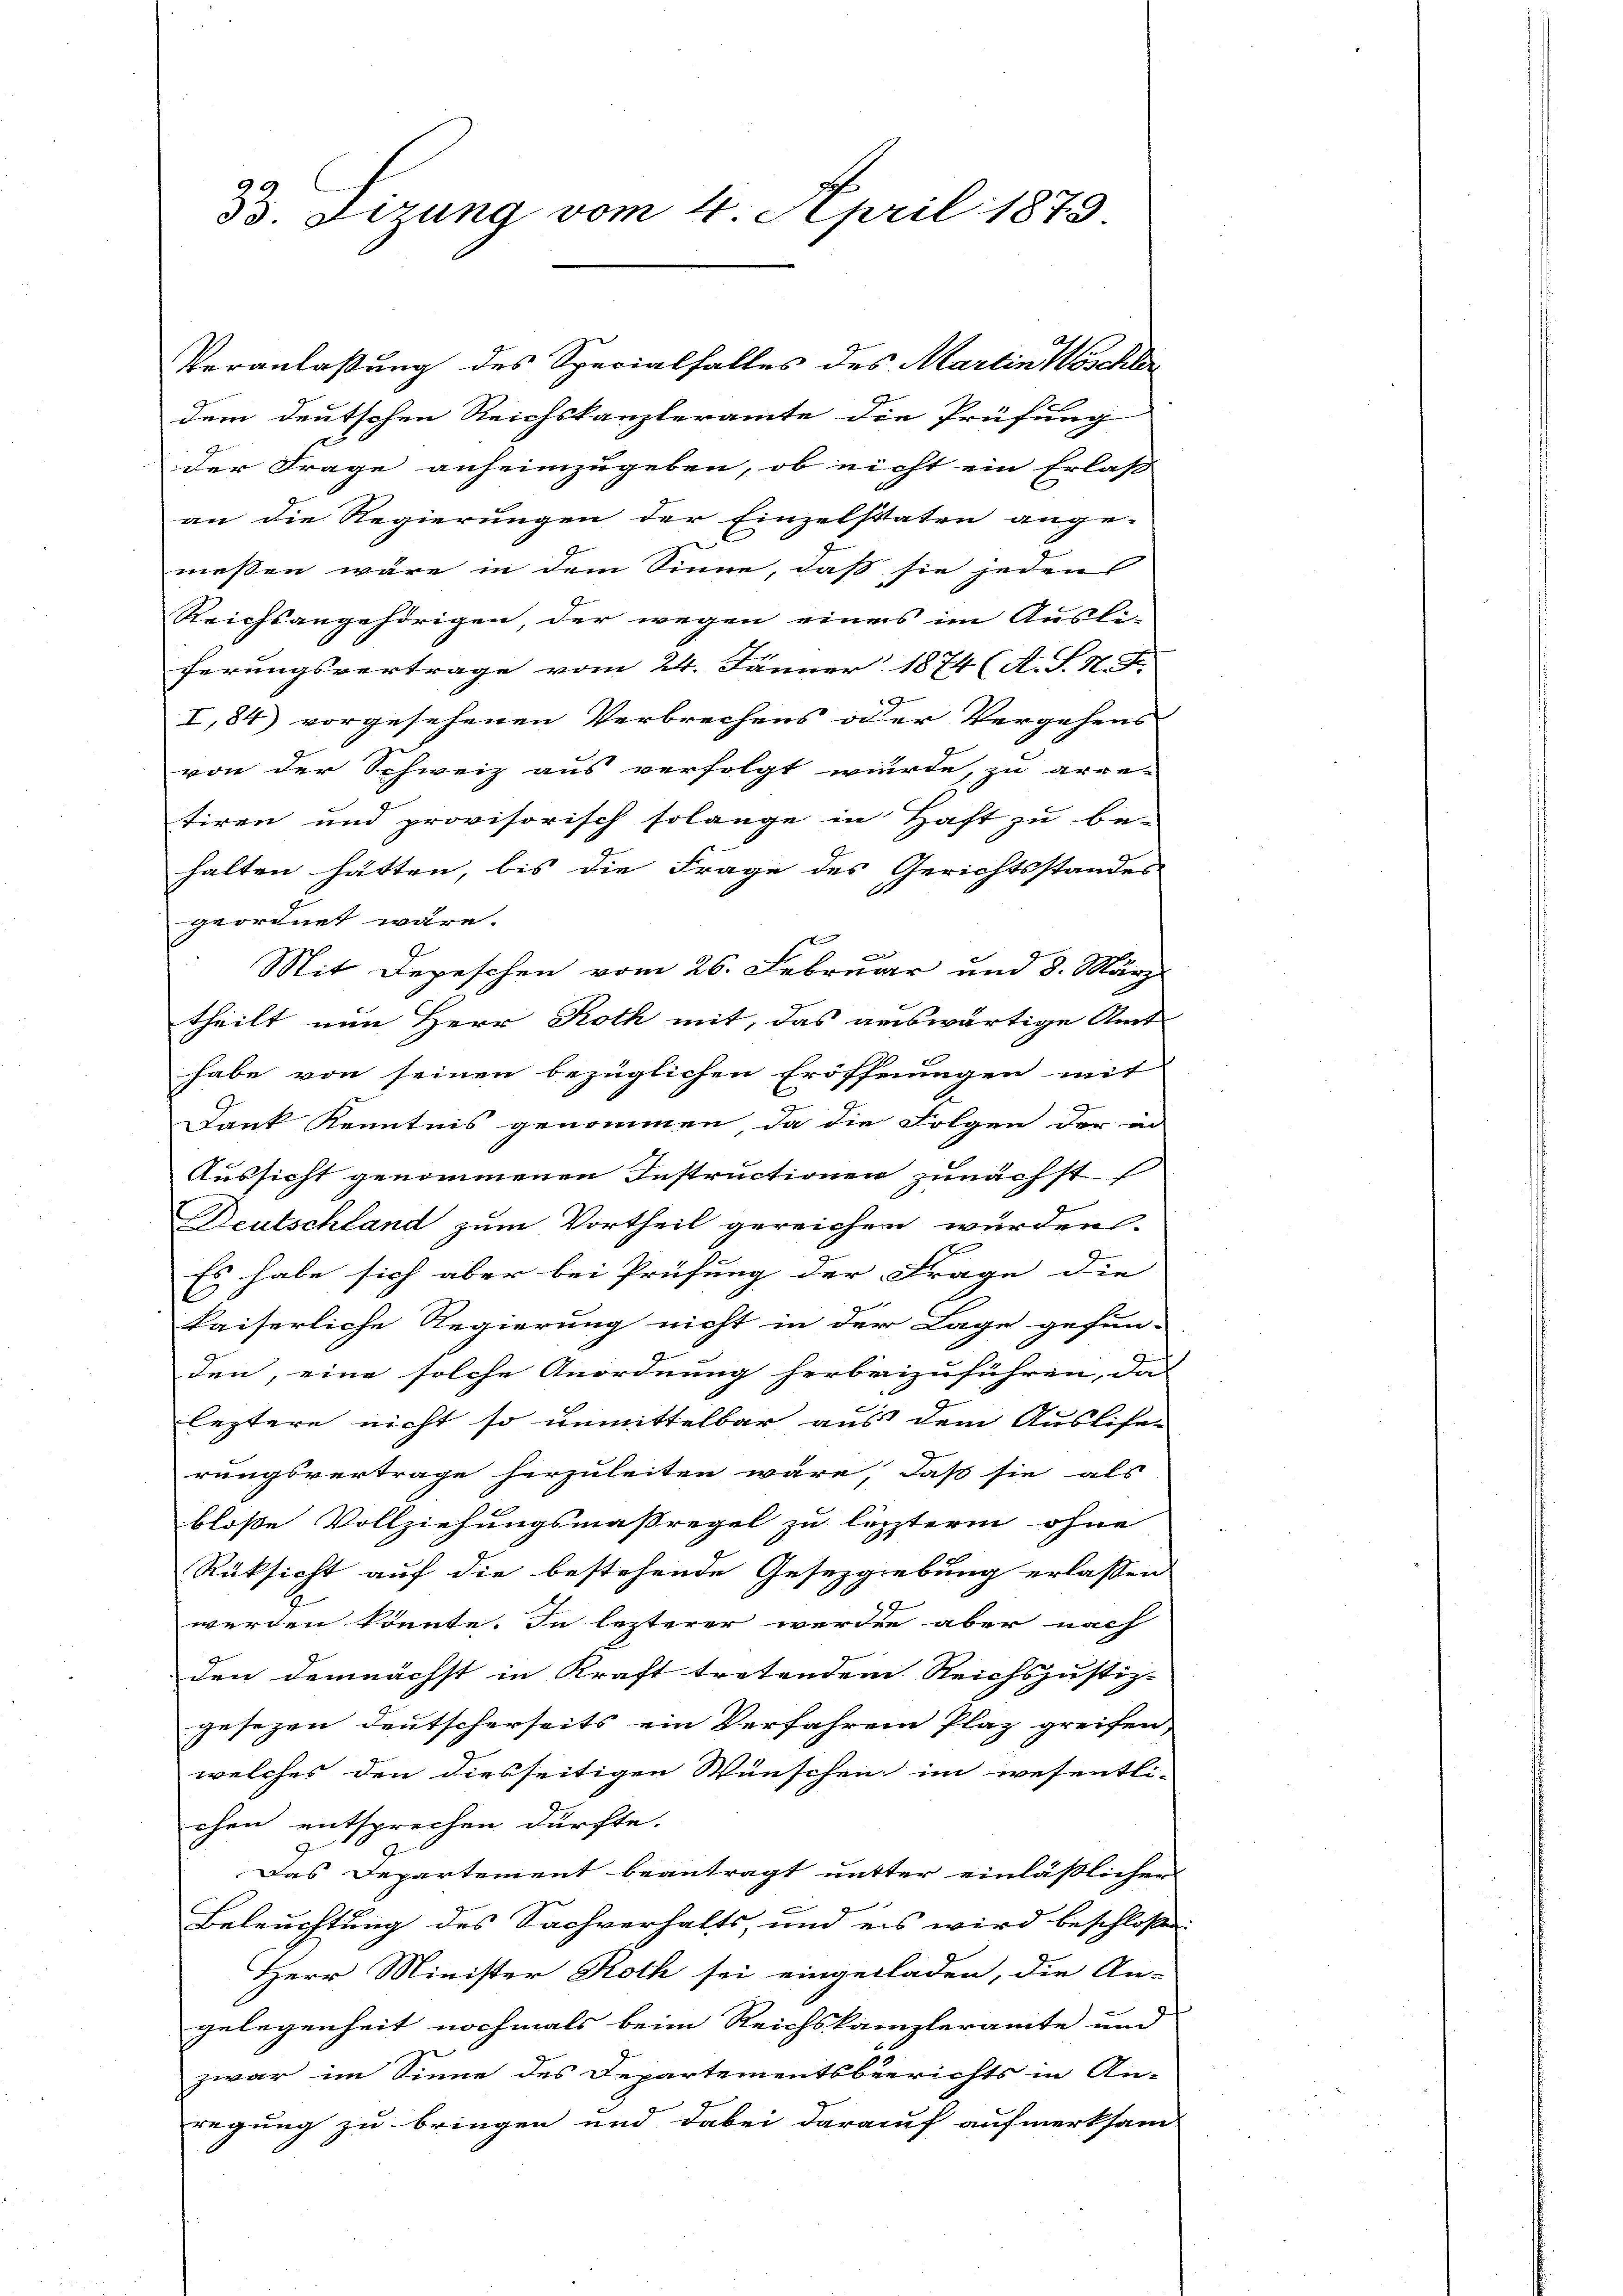
33. Lizung vom 4. April 1873

dem deutschen Reichskanzleramte die Prüfung
der Frage anheimzugeben, ob nicht ein Erlass
an die Regierungen der Einzelstaten ange-
messen wäre in dem Sinne, daß sie jeden
Reichsangehörigen, der wegen eines im Ausli-
ferungsvertrage vom 24. Jänner 1874 (A. S. N. F.
I,84) vorgesehenen Verbrechens oder Vergehens
von der Schweiz aus verfolgt wurde, zu arre-
tiren und provisorisch solange in Haft zu be-
halten hätten, bis die Frage des Gerichtsstandes
geordnet wäre.
Mit Depeschen vom 26. Februar und 8. März
theilt nun Herr Roth mit, das auswärtige Amt
habe von seinen bezüglichen Eröffnungen mit
Dank Kenntnis genommen, da die Folgen der in
Aussicht genommenen Instructionen zunächst
Deutschland zum Vortheil gereichen würden.
Es habe sich aber bei Prüfung der Frage die
kaiserliche Regierung nicht in der Lage gefun-
den, eine solche Anordnung herbeizuführen, das
leztere nicht so unmittelbar aus dem Ausliser
rungsvertrage herzuleiten wäre, daß sie als
bloße Vollziehungsmaßregel zu letzterm ohne
Rüksicht auf die bestehende Gesezgrebung erlassen
werden könnte. In lezterer werden aber nach
den demnächst in Kraft tretendem Reichs justiz-
gesezen deutscherseits ein Verfahren Plaz greifen,
welches den diesseitigen Wünschen im wesentli-
chen entsprechen dürfte.
Das Departement beantragt mutter einlässlichen
Beleuchtung des Sachverhalts und es wird beschloßen:
Herr Minister Roth sei eingeladen, die An-
gelegenheit nochmals beim Reichskampleramte und
zwar im Sinne des Departementsberichts in An-
regung zu bringen und dabei darauf aufmerksam

Veranlaßung des Specialfalles des Martin Wöschler